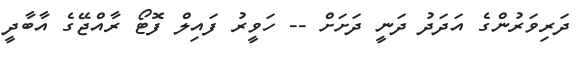
ދަރިވަރުންގެ އަދަދު ދަނީ ދަށަށް -- ހަވީރު ފައިލް ފޮޓޯ ރާއްޖޭގެ އާބާދީ